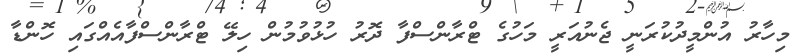
މިހާރު އުންމީދުކުރަނީ ޖެނުއަރީ މަހުގެ ޓްރާންސްފާ ދޮރު ހުޅުވުމުން ހިލޭ ޓްރާންސްފާއެއްގައި ހޮންޑާ